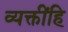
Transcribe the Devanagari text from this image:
व्यक्तींहि